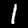
Digit: 1